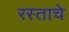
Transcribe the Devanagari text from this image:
रस्ताचे